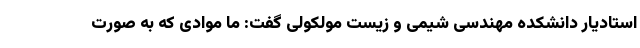
استادیار دانشکده مهندسی شیمی و زیست مولکولی گفت: ما موادی که به صورت